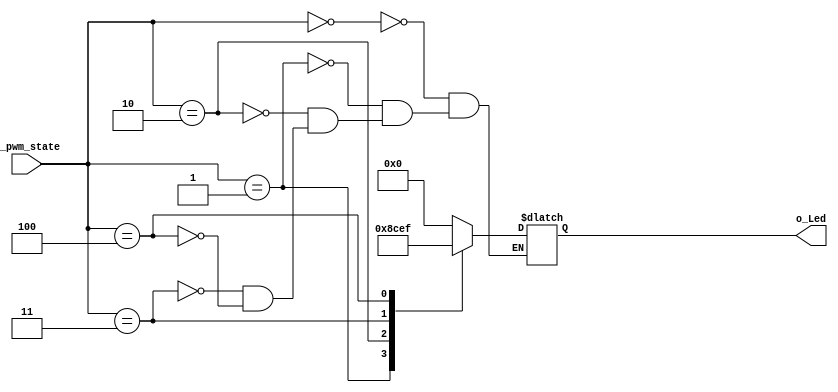
module display_led_state(
    input [2:0] i_pwm_state,
    output [3:0] o_Led
    );

    reg [3:0] r_Led;
    assign o_Led = r_Led;

    always @(*) begin
        case(i_pwm_state)
            3'b000 : r_Led <= 4'b0000;
            3'b001 : r_Led <= 4'b1000;
            3'b010 : r_Led <= 4'b1100;
            3'b011 : r_Led <= 4'b1110;
            3'b100 : r_Led <= 4'b1111;
        endcase
    end
endmodule